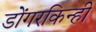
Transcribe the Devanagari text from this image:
डोंगरकिन्ही